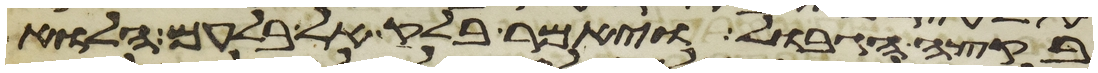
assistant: בקצה הגבול ויאמר בלק אל בלעם הלוא